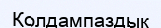
Қолдампаздық